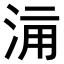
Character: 𣵋